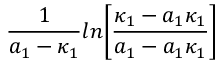
{ \frac { 1 } { a _ { 1 } - \kappa _ { 1 } } } l n \biggl [ { \frac { \kappa _ { 1 } - a _ { 1 } \kappa _ { 1 } } { a _ { 1 } - a _ { 1 } \kappa _ { 1 } } } \biggr ]